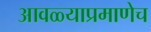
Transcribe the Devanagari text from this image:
आवळ्याप्रमाणेच